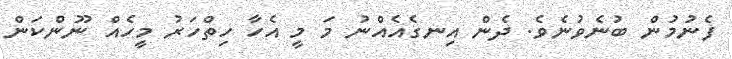
ފެނުމުން ބުނެވުނެވެ. ދެން އިނގެއެއްނު މަ މީ އެހާ ހިތްހަރު މީހެއް ނޫންކަން